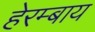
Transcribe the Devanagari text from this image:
हेरम्बाय